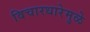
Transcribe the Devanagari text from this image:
विचारधारेमुळे